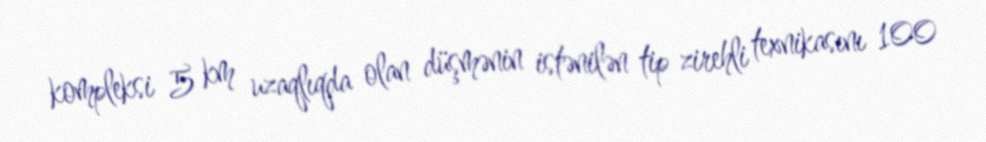
kompleksi 5 km uzaqlıqda olan düşmənin istənilən tip zirehli texnikasını 100